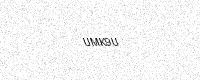
Text: UMK9U